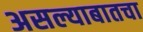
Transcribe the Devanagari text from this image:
असल्याबातचा